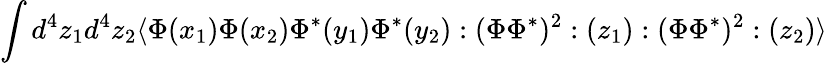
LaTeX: \int d^{4}z_{1}d^{4}z_{2}\langle\Phi(x_{1})\Phi(x_{2})\Phi^{*}(y_{1})\Phi^{*}(y_{2}):(\Phi\Phi^{*})^{2}:(z_{1}):(\Phi\Phi^{*})^{2}:(z_{2})\rangle